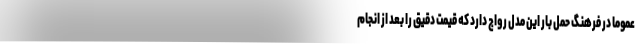
عموما در فرهنگ حمل بار این مدل رواج دارد که قیمت دقیق را بعد از انجام